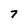
Character: 7